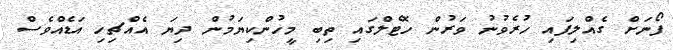
ފޯނަށް ގެއްލިފައި ހުރެވުނު ވަރުން ހޮޓެލްގައި ތިބި މީހުންކިޔަމުން ދިޔަ އެއްޗިހި އަޑެއްވެސް